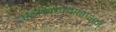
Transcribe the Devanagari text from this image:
अनन्तपद्मनाभन्